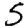
Digit: 5